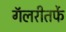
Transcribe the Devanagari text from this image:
गॅलरीतर्फे